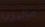
ماليزيا